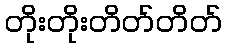
တိုးတိုးတိတ်တိတ်